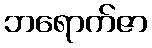
ဘရောက်ဇာ